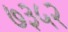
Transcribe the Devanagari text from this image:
७३५२